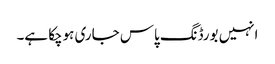
انہیں بورڈنگ پاس جاری ہوچکا ہے۔